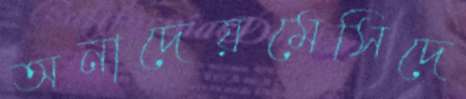
অনাদেয়মেসিদে